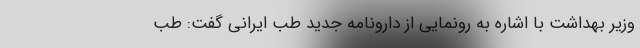
وزیر بهداشت با اشاره به رونمایی از دارونامه جدید طب ایرانی گفت: طب